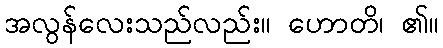
အလွန်လေးသည်လည်း။ ဟောတိ၊ ၏။